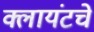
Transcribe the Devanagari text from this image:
क्लायंटचे